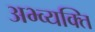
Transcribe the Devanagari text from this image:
अभ्व्यक्ति